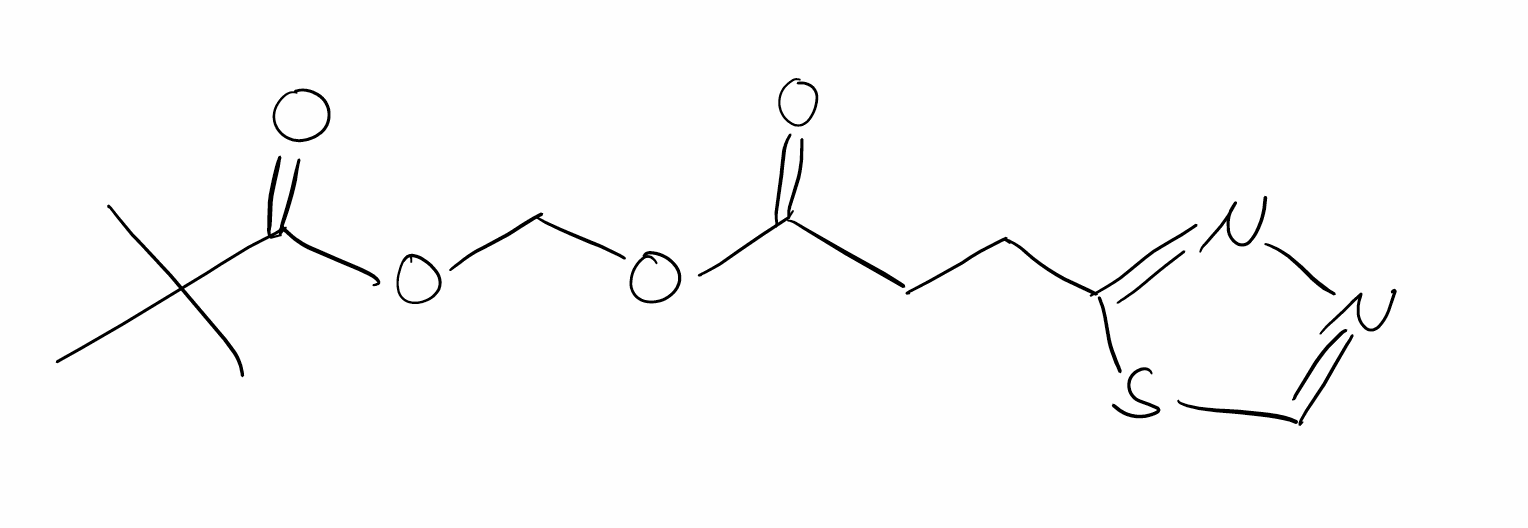
Simplified molecular-input line-entry system (SMILES) notation of the given molecule:
CC(C)(C)C(=O)OCOC(=O)CCC1=NN=CS1